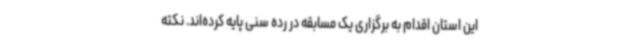
این استان اقدام به برگزاری یک مسابقه در رده سنی پایه کرده‌اند. نکته